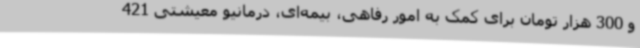
و 300 هزار تومان برای کمک به امور رفاهی، بیمه‌ای، درمانیو معیشتی 421